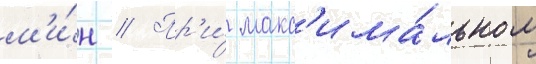
м'и́н // Пр'и́ макс'има́льном